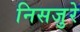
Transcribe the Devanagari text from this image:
निसजुरे